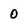
Character: 0